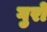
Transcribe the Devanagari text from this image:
गुरों